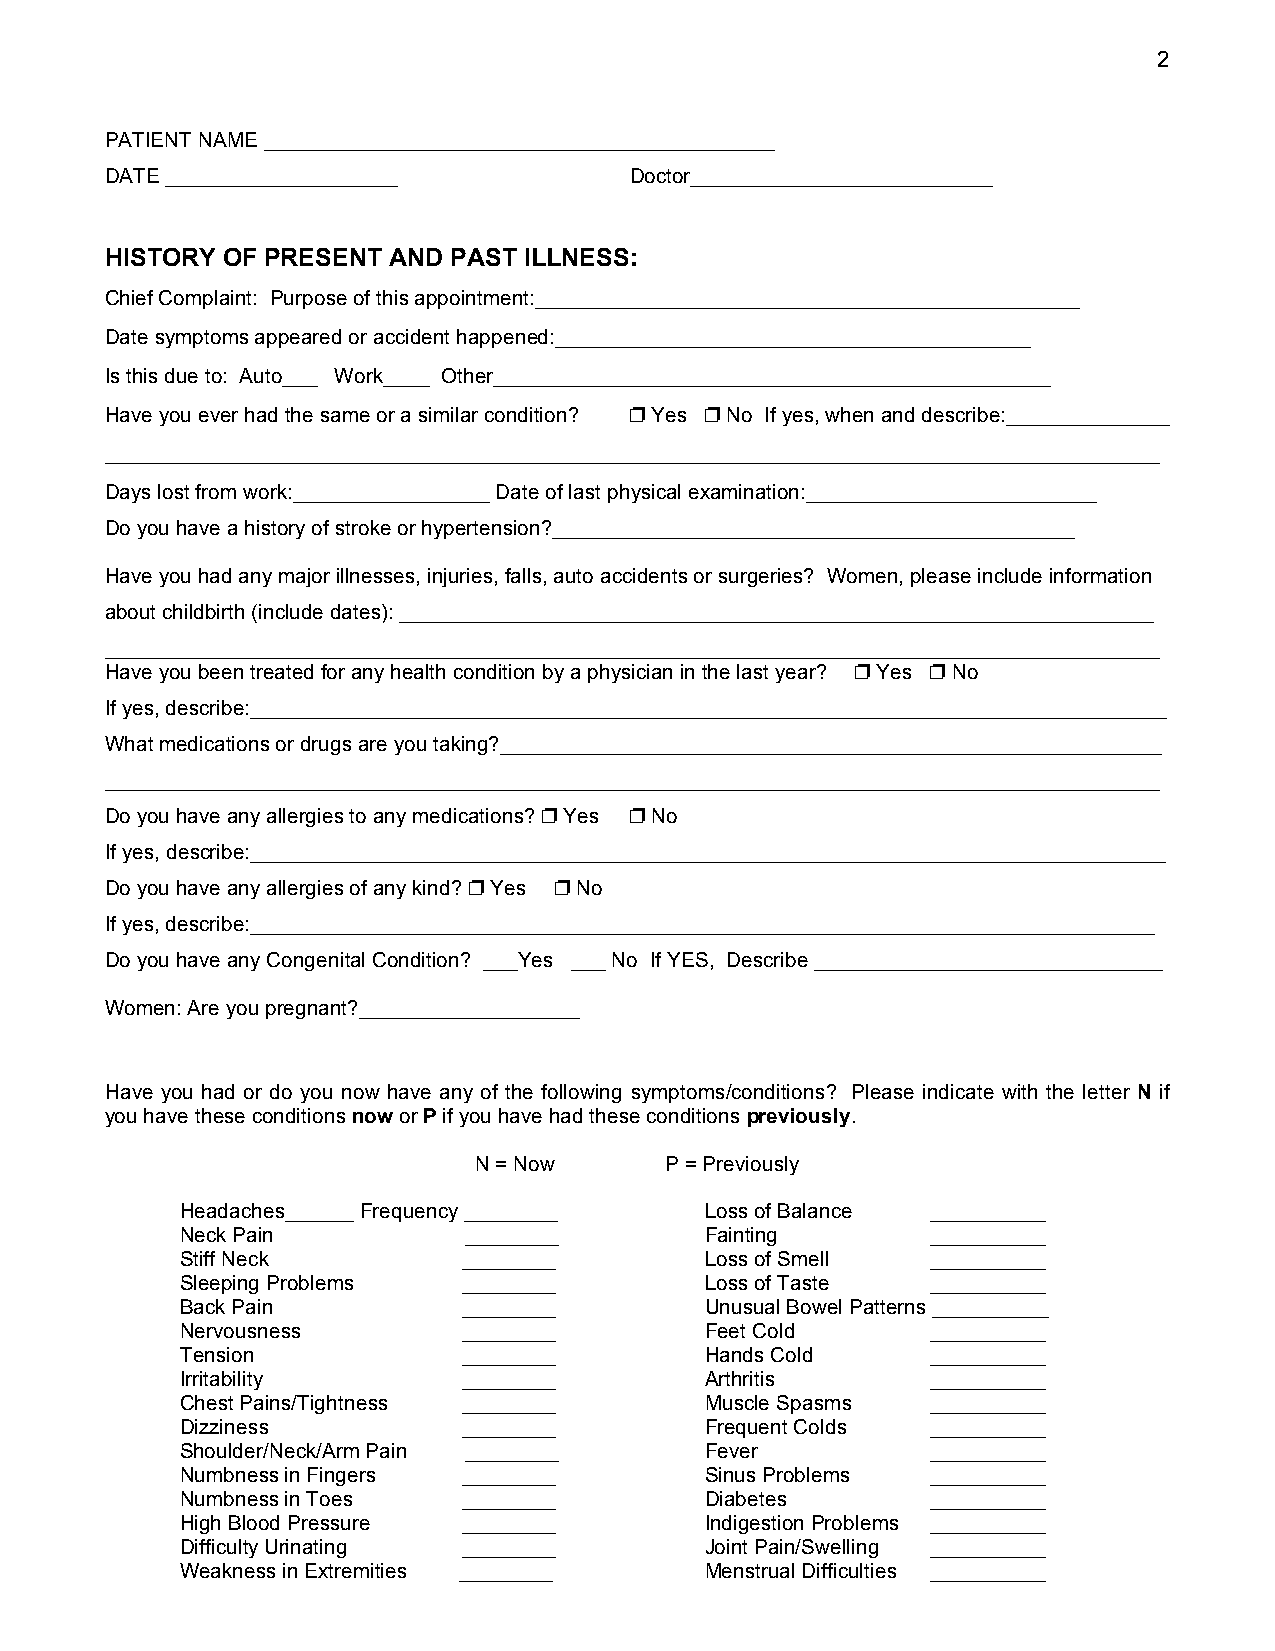
2
 PATIENT NAME ____________________________________________
 DATE ____________________          Doctor__________________________
 HISTORY OF PRESENT AND PAST ILLNESS:
 Chief Complaint: Purpose of this appointment:_______________________________________________
 Date symptoms appeared or accident happened:_________________________________________
 Is this due to: Auto___ Work____ Other________________________________________________
 Have you ever had the same or a similar condition?  Yes  No If yes, when and describe:______________
 ___________________________________________________________________________________________
 Days lost from work:_________________ Date of last physical examination:_________________________
 Do you have a history of stroke or hypertension?_____________________________________________
 Have you had any major illnesses, injuries, falls, auto accidents or surgeries? Women, please include information
 about childbirth (include dates): _________________________________________________________________
 ___________________________________________________________________________________________
 Have you been treated for any health condition by a physician in the last year?  Yes  No
 If yes, describe:_______________________________________________________________________________
 What medications or drugs are you taking?_________________________________________________________
 ___________________________________________________________________________________________
 Do you have any allergies to any medications?  Yes  No
 If yes, describe:_______________________________________________________________________________
 Do you have any allergies of any kind?  Yes  No
 If yes, describe:______________________________________________________________________________
 Do you have any Congenital Condition? ___Yes ___ No If YES, Describe ______________________________
 Women: Are you pregnant?___________________
 Have you had or do you now have any of the following symptoms/conditions? Please indicate with the letter N if
 you have these conditions now or P if you have had these conditions previously.
 N = Now      P = Previously
 Headaches______ Frequency ________ Loss of Balance __________
 Neck Pain          ________        Fainting       __________
 Stiff Neck         ________        Loss of Smell  __________
 Sleeping Problems  ________        Loss of Taste  __________
 Back Pain          ________        Unusual Bowel Patterns __________
 Nervousness        ________        Feet Cold      __________
 Tension            ________        Hands Cold     __________
 Irritability       ________        Arthritis      __________
 Chest Pains/Tightness ________     Muscle Spasms  __________
 Dizziness          ________        Frequent Colds __________
 Shoulder/Neck/Arm Pain ________    Fever          __________
 Numbness in Fingers ________       Sinus Problems __________
 Numbness in Toes   ________        Diabetes       __________
 High Blood Pressure ________       Indigestion Problems __________
 Difficulty Urinating ________      Joint Pain/Swelling __________
 Weakness in Extremities ________   Menstrual Difficulties __________